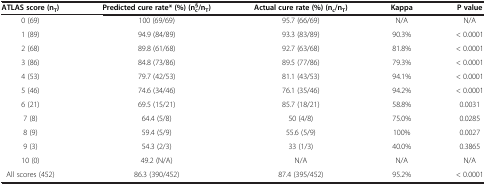
<table><thead><tr><td><b>ATLAS score (n<sub>T</sub>)</b></td><td><b>Predicted cure rate* (%) (n<sub>c</sub><sup>§</sup>/n<sub>T</sub>)</b></td><td><b>Actual cure rate (%) (n<sub>c</sub>/n<sub>T</sub>)</b></td><td><b>Kappa</b></td><td><b>P value</b></td></tr></thead><tbody><tr><td>0 (69)</td><td>100 (69/69)</td><td>95.7 (66/69)</td><td>N/A</td><td>N/A</td></tr><tr><td>1 (89)</td><td>94.9 (84/89)</td><td>93.3 (83/89)</td><td>90.3%</td><td>&lt; 0.0001</td></tr><tr><td>2 (68)</td><td>89.8 (61/68)</td><td>92.7 (63/68)</td><td>81.8%</td><td>&lt; 0.0001</td></tr><tr><td>3 (86)</td><td>84.8 (73/86)</td><td>89.5 (77/86)</td><td>79.3%</td><td>&lt; 0.0001</td></tr><tr><td>4 (53)</td><td>79.7 (42/53)</td><td>81.1 (43/53)</td><td>94.1%</td><td>&lt; 0.0001</td></tr><tr><td>5 (46)</td><td>74.6 (34/46)</td><td>76.1 (35/46)</td><td>94.2%</td><td>&lt; 0.0001</td></tr><tr><td>6 (21)</td><td>69.5 (15/21)</td><td>85.7 (18/21)</td><td>58.8%</td><td>0.0031</td></tr><tr><td>7 (8)</td><td>64.4 (5/8)</td><td>50 (4/8)</td><td>75.0%</td><td>0.0285</td></tr><tr><td>8 (9)</td><td>59.4 (5/9)</td><td>55.6 (5/9)</td><td>100%</td><td>0.0027</td></tr><tr><td>9 (3)</td><td>54.3 (2/3)</td><td>33 (1/3)</td><td>40.0%</td><td>0.3865</td></tr><tr><td>10 (0)</td><td>49.2 (N/A)</td><td>N/A</td><td>N/A</td><td>N/A</td></tr><tr><td>All scores (452)</td><td>86.3 (390/452)</td><td>87.4 (395/452)</td><td>95.2%</td><td>&lt; 0.0001</td></tr></tbody></table>